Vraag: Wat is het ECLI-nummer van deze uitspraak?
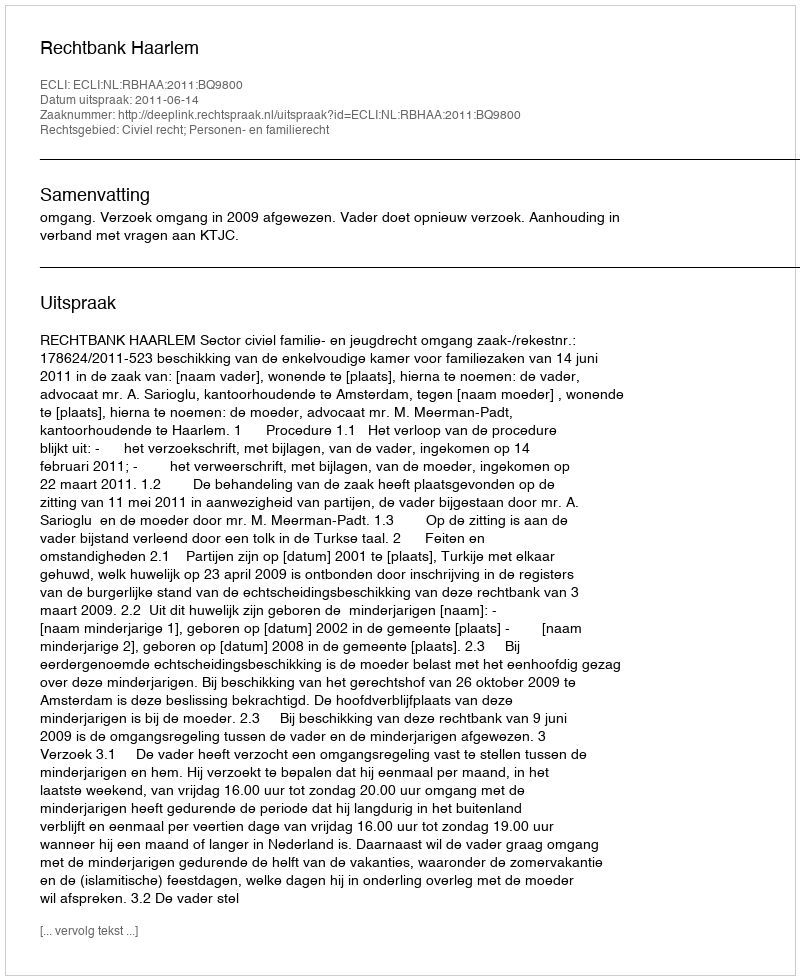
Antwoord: ECLI:NL:RBHAA:2011:BQ9800